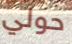
حولي